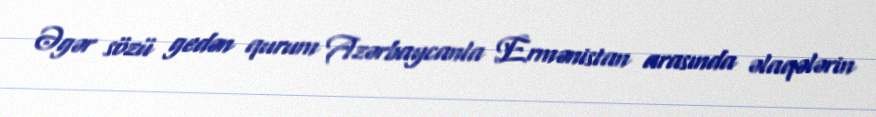
Əgər sözü gedən qurum Azərbaycanla Ermənistan arasında əlaqələrin